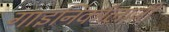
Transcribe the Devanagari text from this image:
गाइनिर्कांलाजी